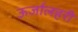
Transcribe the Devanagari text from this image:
ऊर्जालहरी